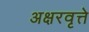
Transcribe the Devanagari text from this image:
अक्षरवृत्ते